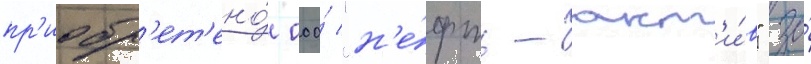
пр'иобр'ет'ено́ ооо́ "н'е́фть-акт'и́в" за́